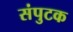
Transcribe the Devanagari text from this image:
संपुटक